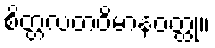
စိတ္တလတဝိမာနဝတ္ထု။